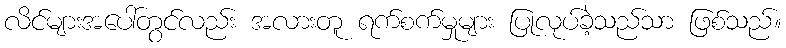
လိင်များအပေါ်တွင်လည်း အလားတူ ရက်စက်မှုများ ပြုလုပ်ခဲ့သည်သာ ဖြစ်သည်။